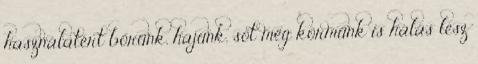
használatért bőrünk, hajunk, sőt még körmünk is hálás lesz